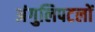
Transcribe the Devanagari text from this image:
अंगुलिपटलों